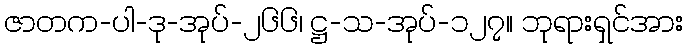
ဇာတက-ပါ-ဒု-အုပ်-၂၆၆၊ ဋ္ဌ-သ-အုပ်-၁၂၇။ ဘုရားရှင်အား